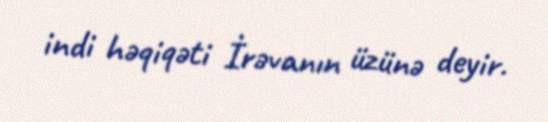
indi həqiqəti İrəvanın üzünə deyir.